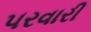
૫રવારી